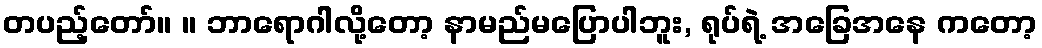
တပည့်တော်။ ။ ဘာရောဂါလို့တော့ နာမည်မပြောပါဘူး, ရုပ်ရဲ့ အခြေအနေ ကတော့